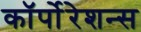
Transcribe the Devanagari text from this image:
कॉर्पोरेशन्‍स